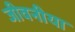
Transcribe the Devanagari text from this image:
जीवनीया